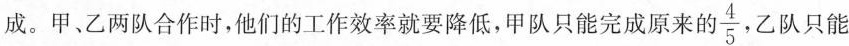
成。甲、乙两队合作时，他们的工作效率就要降低，甲队只能完成原来的 \frac{4}{5}，乙队只能